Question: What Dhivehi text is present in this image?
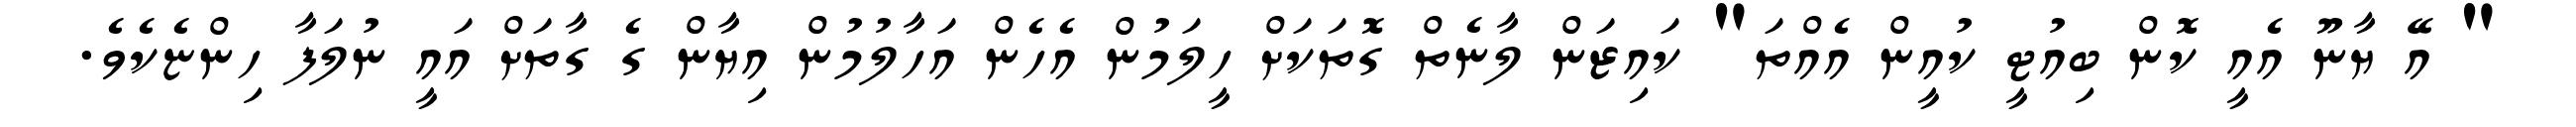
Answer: " އޭ ޔާނޫ އެއީ ކޮން ބިއުޓީ ކުއީން އެއްތަ" ކައިޒަން ލާނެތް ގޮތަކަށް ހީލަމުން އެހެން އަހާލުމުން އިޔާން ގެ ގާތަށް އައީ ނުލަފާ ހިންޏެކެވެ.